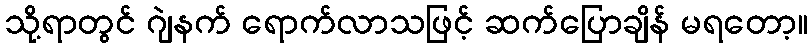
သို့ရာတွင် ဂျဲနက် ရောက်လာသဖြင့် ဆက်ပြောချိန် မရတော့။